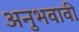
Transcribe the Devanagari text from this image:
अनुभवावी